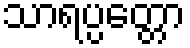
သာရပ္ပတ္တော